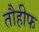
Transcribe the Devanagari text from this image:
तौहीफ